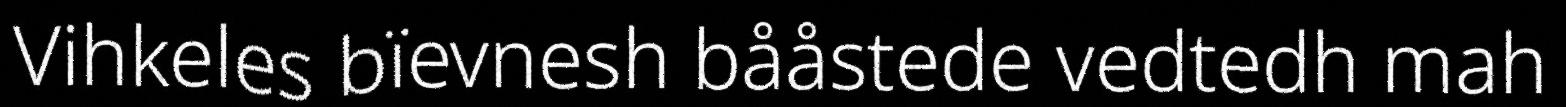
Vihkeles bïevnesh bååstede vedtedh mah